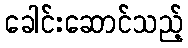
ခေါင်းဆောင်သည့်